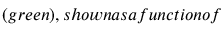
( g r e e n ) , s h o w n a s a f u n c t i o n o f